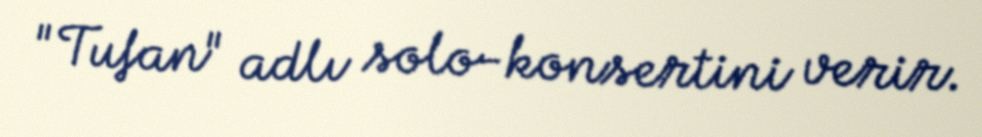
"Tufan" adlı solo-konsertini verir.